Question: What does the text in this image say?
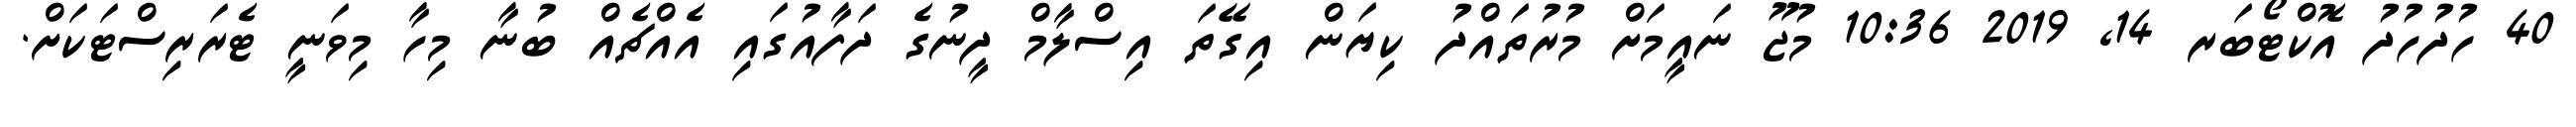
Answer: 40 ހުދުހުދު އޮކްޓޯބަރ 14, 2019 10:36 މުޖޫ ނައީމަށް މުރުތައްދު ކިޔަން އިގޭތަ އިސްލާމް ދީނުގެ ދަފާއުގައި އެއްޗެއް ބުނާ މިހާ މިވަނީ ޓެރަރިސްޓަކަށް.